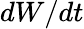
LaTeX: dW/dt